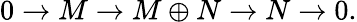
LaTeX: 0\to M\to M\oplus N\to N\to 0.